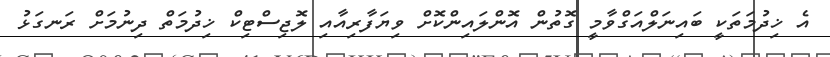
އެ ޚިދުމަތަކީ ބައިނަލްއަގްވާމީ ގޮތުން އޮންލައިންކޮށް ވިޔަފާރިއާއި ލޮޖިސްޓިކް ޚިދުމަތް ދިނުމަށް ރަނގަޅު